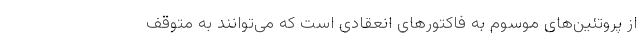
از پروتئین‌های موسوم به فاکتورهای انعقادی است که می‌توانند به متوقف